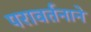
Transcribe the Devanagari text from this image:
परावर्तनाने